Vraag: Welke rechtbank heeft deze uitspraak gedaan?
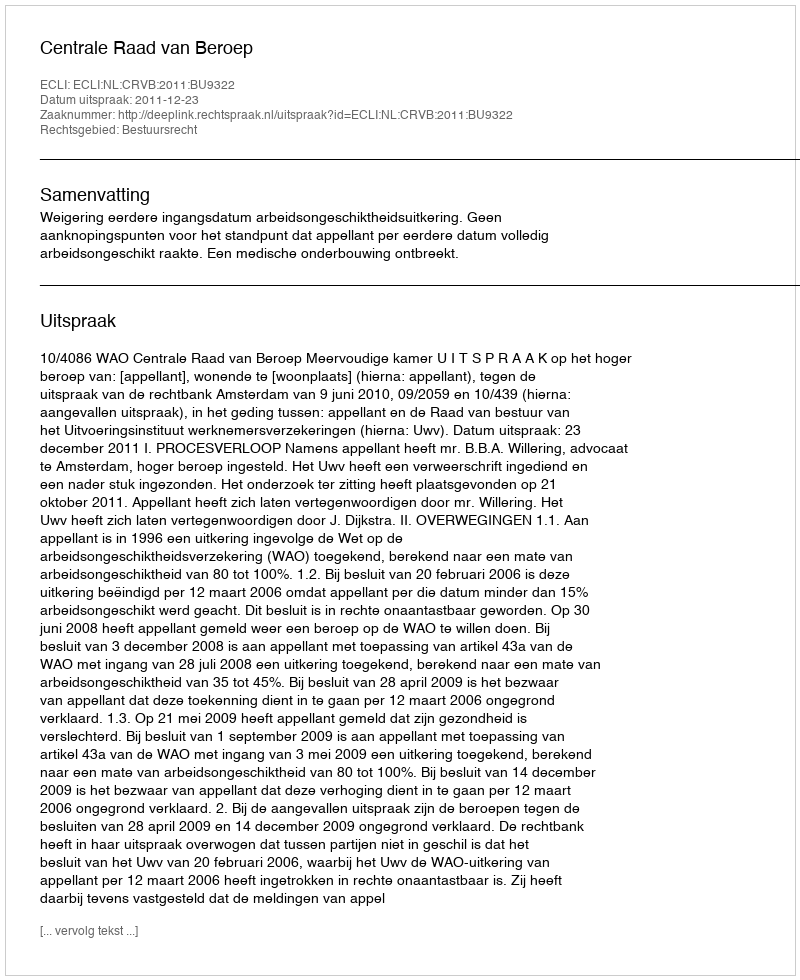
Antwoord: Centrale Raad van Beroep